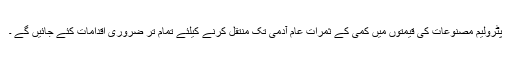
پٹرولیم مصنوعات کی قیمتوں میں کمی کے ثمرات عام آدمی تک منتقل کرنے کیلئے تمام تر ضروری اقدامات کئے جائیں گے ۔